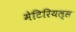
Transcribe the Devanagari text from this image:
मेटिरियल्स